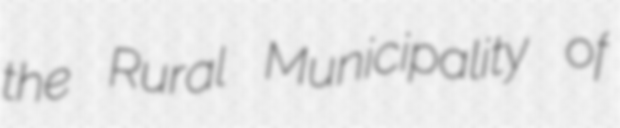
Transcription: the Rural Municipality of